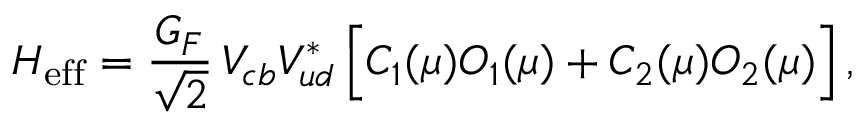
{ \cal H } _ { \mathrm { e f f } } = \frac { G _ { F } } { \sqrt 2 } \, V _ { c b } V _ { u d } ^ { * } \, \Big [ C _ { 1 } ( \mu ) O _ { 1 } ( \mu ) + C _ { 2 } ( \mu ) O _ { 2 } ( \mu ) \Big ] \, ,